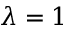
\lambda = 1